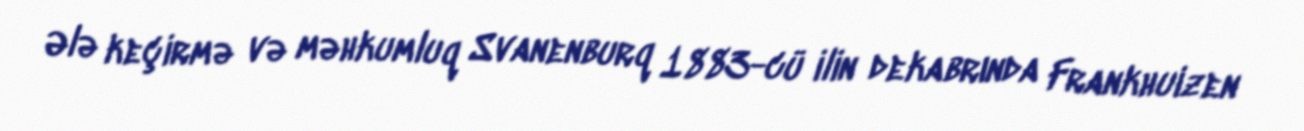
Ələ keçirmə və məhkumluq Svanenburq 1883-cü ilin dekabrında Frankhuizen